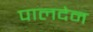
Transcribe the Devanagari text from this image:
पालदेन